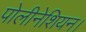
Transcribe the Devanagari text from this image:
पोलीनेशियन।